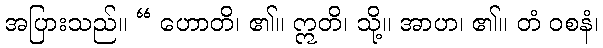
အပြားသည်။ “ ဟောတိ၊ ၏။ ဣတိ၊ သို့။ အာဟ၊ ၏။ တံ ဝစနံ၊